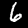
Digit: 6